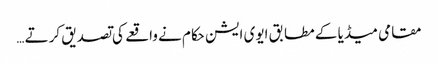
مقامی میڈیا کے مطابق ایوی ایشن حکام نے واقعے کی تصدیق کرتے …